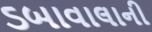
ડબાવાલાની